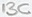
Text: 13C